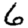
Digit: 6